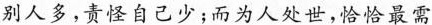
别人多，责怪自己少；而为人处世，恰恰最需